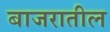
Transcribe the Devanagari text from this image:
बाजरातील